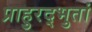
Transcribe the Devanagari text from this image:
प्राहुरद्भुतां